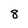
Character: 8